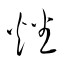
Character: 燔